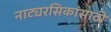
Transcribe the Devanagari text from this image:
नाट्यरसिकांसाठी